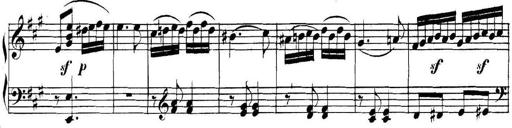
Title: Collected Piano Sonatas
Composer: Muzio Clementi